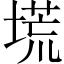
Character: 塃